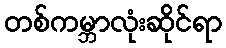
တစ်ကမ္ဘာလုံးဆိုင်ရာ